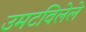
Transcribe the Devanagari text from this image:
उमटविलेले